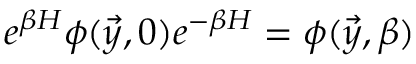
e ^ { \beta H } \phi ( \vec { y } , 0 ) e ^ { - \beta H } = \phi ( \vec { y } , \beta )